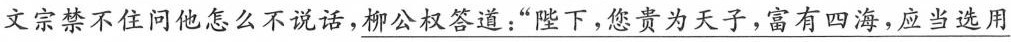
文宗禁不住问他怎么不说话，\underline{柳公权答道：”陛下，您贵为天子，富有四海，应当选用}